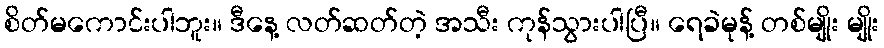
စိတ်မကောင်းပါဘူး။ ဒီနေ့ လတ်ဆတ်တဲ့ အသီး ကုန်သွားပါပြီ။ ရေခဲမုန့် တစ်မျိုး မျိုး